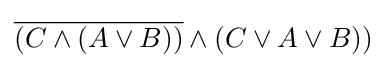
{\overline {(C\wedge (A\vee B))}}\wedge (C\vee A\vee B))